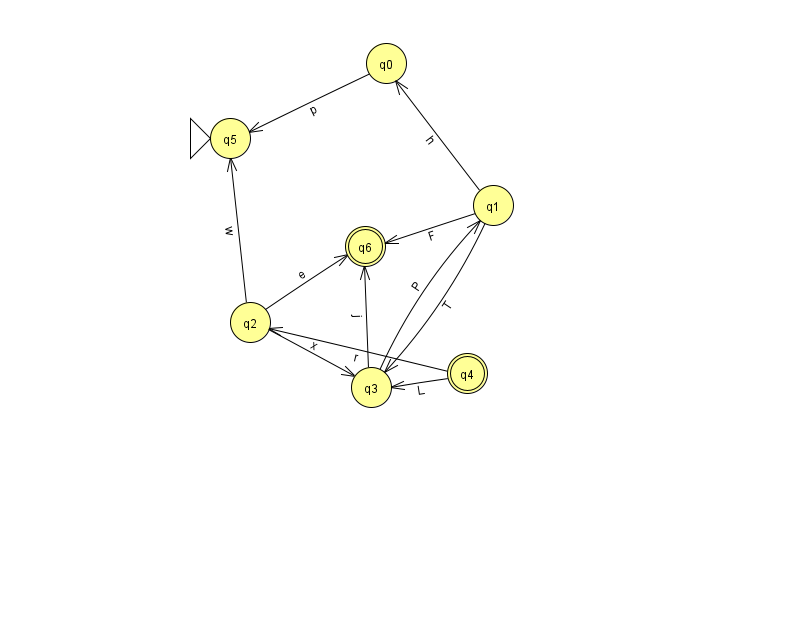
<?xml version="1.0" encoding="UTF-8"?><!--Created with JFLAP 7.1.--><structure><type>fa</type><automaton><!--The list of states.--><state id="0" name="q0"><x>386.0</x><y>50.0</y></state><state id="1" name="q1"><x>493.0</x><y>192.0</y></state><state id="2" name="q2"><x>250.0</x><y>309.0</y></state><state id="3" name="q3"><x>371.0</x><y>374.0</y></state><state id="4" name="q4"><x>467.0</x><y>360.0</y><final/></state><state id="5" name="q5"><x>230.0</x><y>125.0</y><initial/></state><state id="6" name="q6"><x>365.0</x><y>233.0</y><final/></state><!--The list of transitions.--><transition><from>0</from><to>5</to><read>p</read></transition><transition><from>1</from><to>3</to><read>T</read></transition><transition><from>1</from><to>6</to><read>F</read></transition><transition><from>2</from><to>3</to><read>x</read></transition><transition><from>3</from><to>1</to><read>P</read></transition><transition><from>2</from><to>5</to><read>w</read></transition><transition><from>2</from><to>6</to><read>e</read></transition><transition><from>1</from><to>0</to><read>h</read></transition><transition><from>3</from><to>6</to><read>j</read></transition><transition><from>4</from><to>2</to><read>r</read></transition><transition><from>4</from><to>3</to><read>L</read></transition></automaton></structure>